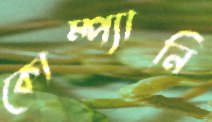
কোম্প্যানি